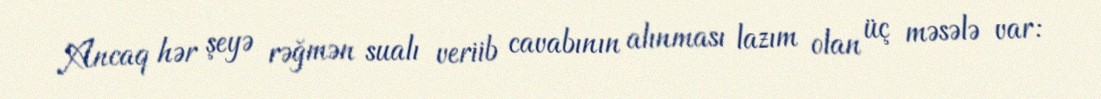
Ancaq hər şeyə rəğmən sualı veriib cavabının alınması lazım olan üç məsələ var: